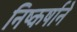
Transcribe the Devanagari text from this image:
निष्कर्षाने